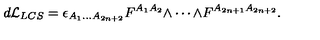
d { \cal L } _ { L C S } = \epsilon _ { A _ { 1 } \ldots A _ { 2 n + 2 } } F ^ { A _ { 1 } A _ { 2 } } \mathrm { \tiny \wedge } \cdots \mathrm { \tiny \wedge } F ^ { A _ { 2 n + 1 } A _ { 2 n + 2 } } .